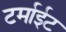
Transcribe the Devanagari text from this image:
टर्माईट